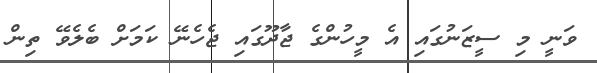
ވަނީ މި ސީޒަނުގައި އެ މީހުންގެ ޖާދޫގައި ޖެހެނޭ ކަމަށް ބެލެވޭ ތިން